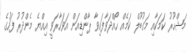
މަޝްހޫރު ކަމަކާއި މަގުބޫލް ކަމެއް ހޯއްދަވާފައިވާ ޕާންޑިއަން އަވަހާރަވީ އިއްޔެ މެންދުރު ފަހުގެ